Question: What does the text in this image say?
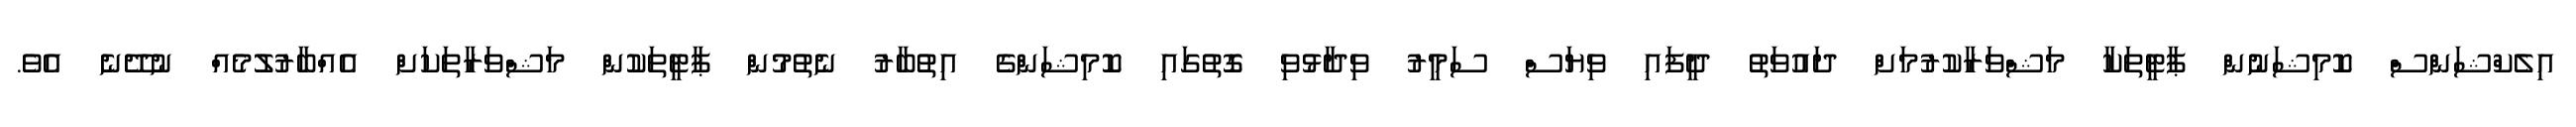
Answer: އިލެކްޝަންސް ކޮމިޝަނުން ޕާޓީތަކާ މަޝްވަރާކުރުމަށް ދައުވަތު ދީފައި ވިޔަސް ސަމީރު ވިދާޅުވި ގޮތުގައި ކޮމިޝަންގެ އިތުބާރު ނެތުމުން ޕާޓީތަކުން މަޝްވަރާތަކަށް އެއްބާރުލުމެއް ނުދޭނެ އެވެ.